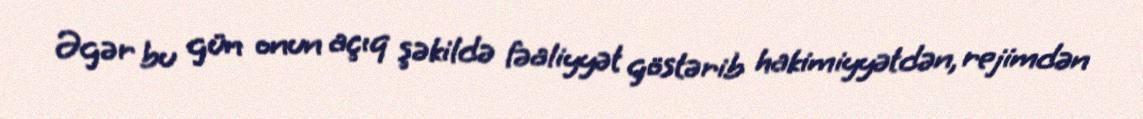
Əgər bu gün onun açıq şəkildə fəaliyyət göstərib hakimiyyətdən, rejimdən